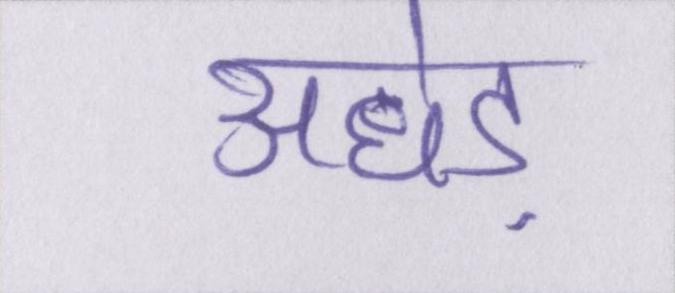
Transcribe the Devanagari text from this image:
अधेड़